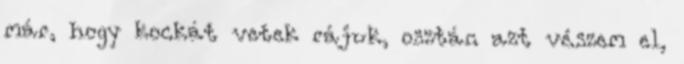
már, hogy kockát vetek rájuk, osztán azt vészem el,